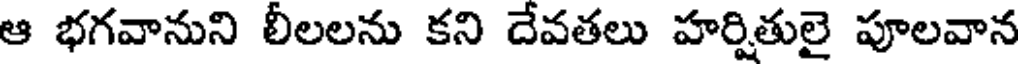
ఆ భగవానుని లీలలను కని దేవతలు హర్షితులై పూలవాన